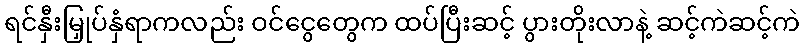
ရင်နှီးမြှုပ်နှံရာကလည်း ဝင်ငွေတွေက ထပ်ပြီးဆင့် ပွားတိုးလာနဲ့ ဆင့်ကဲဆင့်ကဲ